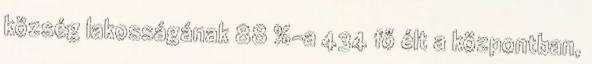
község lakosságának 88 %-a 434 fő élt a központban,